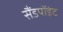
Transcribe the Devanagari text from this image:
सैंडपॉइंट